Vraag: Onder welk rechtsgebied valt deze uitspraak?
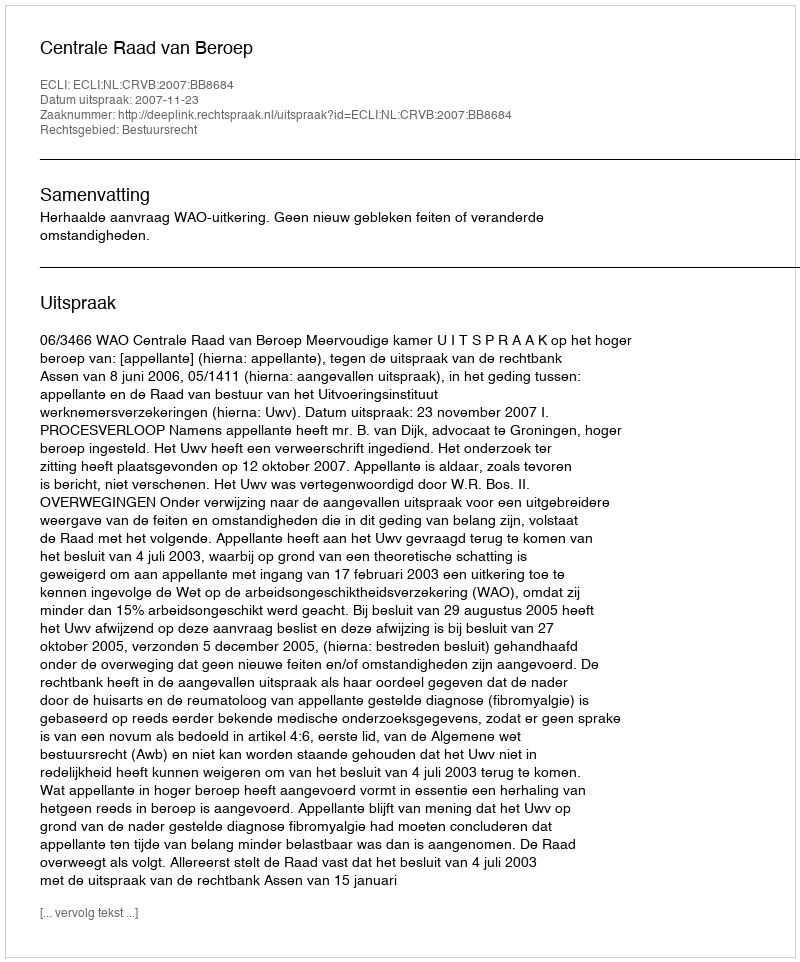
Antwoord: Bestuursrecht